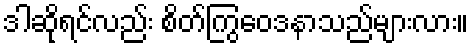
ဒါဆိုရင်လည်း စိတ်ကြွဝေဒနာသည်များလား။